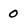
Character: 0